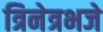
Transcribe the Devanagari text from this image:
त्रिनेत्रभजे